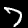
Digit: 7